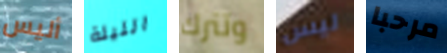
أليس الليلة وتترك ليس مرحبا